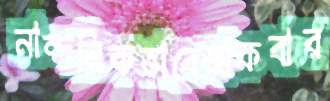
নান্দনিকভাবেআকবার